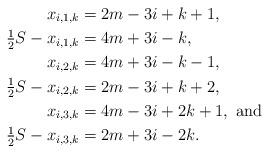
LaTeX: \begin{align*}x_{i,1,k} &= 2m-3i+k+1, \\\tfrac{1}{2} S -x_{i,1,k} &= 4m+3i-k, \\x_{i,2,k} &= 4m+3i-k-1, \\\tfrac{1}{2} S - x_{i,2,k} &= 2m-3i+k+2, \\x_{i,3,k} &= 4m-3i+2k+1, \mbox{ and } \\\tfrac{1}{2} S - x_{i,3,k} &= 2m+3i-2k. \end{align*}